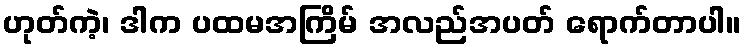
ဟုတ်ကဲ့၊ ဒါက ပထမအကြိမ် အလည်အပတ် ရောက်တာပါ။